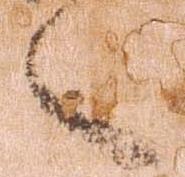
之